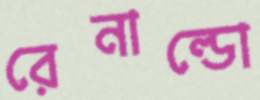
রেনাল্ডো